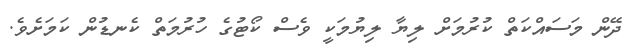
ދޭން މަސައްކަތް ކުރުމަށް ލިޔާ ލިޔުމަކީ ވެސް ކޯޓުގެ ހުރުމަތް ކެނޑުން ކަމަށެވެ.